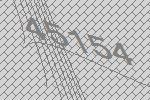
45154